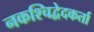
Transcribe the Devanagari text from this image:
नकश्चिद्वेदकर्ता